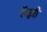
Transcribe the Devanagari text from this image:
रॅम्झी